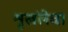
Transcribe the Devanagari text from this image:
शृखंलेचा